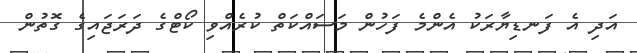
އަދި އެ ފަނޑިޔާރަކު އެންމެ ފަހުން މަސައްކަތް ކުރެއްވި ކޯޓްގެ ދަރަޖައިގެ ގޮތުން